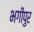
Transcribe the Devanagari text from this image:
भगीपुर